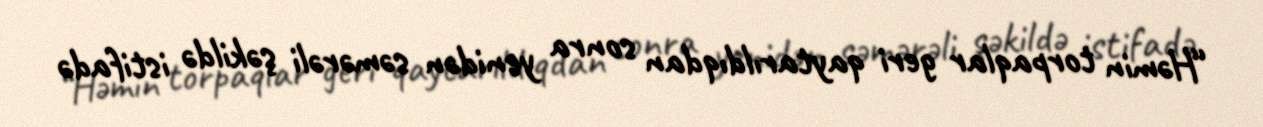
“Həmin torpaqlar geri qaytarıldıqdan sonra yenidən səmərəli şəkildə istifadə